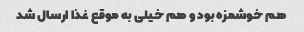
هم خوشمزه بود و هم خیلی به موقع غذا ارسال شد